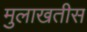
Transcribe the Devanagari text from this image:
मुलाखतीस